Punjab Mental Hospital Lahore 1932-46 - 1932-1946
Year: 1932
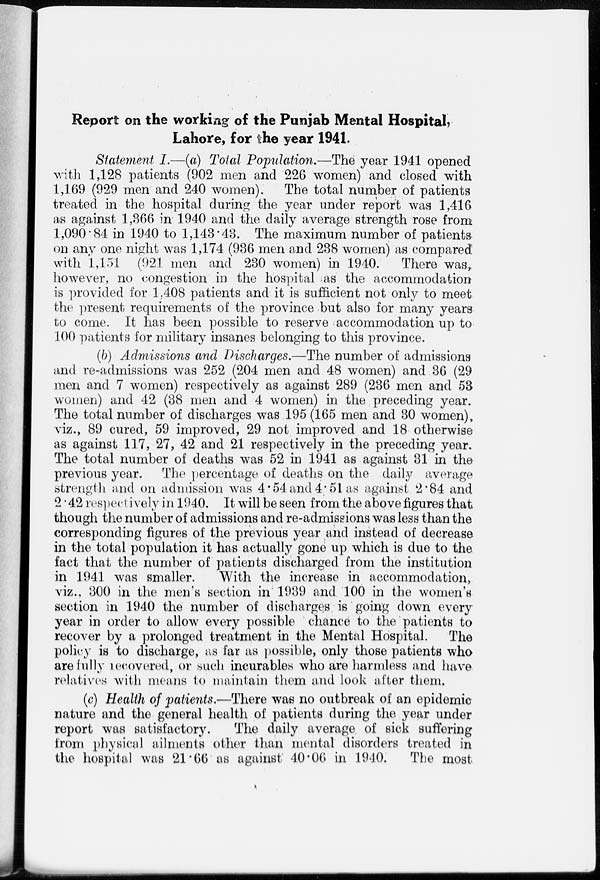
Report on the working of the Punjab Mental Hospital,
Lahore, for the year 1941.
Statement I.—(a) Total Population.—The year 1941 opened
with 1,128 patients (902 men and 226 women) and closed with
1,169 (929 men and 240 women). The total number of patients
treated in the hospital during the year under report was 1,416
as against 1,366 in 1940 and the daily average strength rose from
1,090.84 in 1940 to 1,143.43. The maximum number of patients
on any one night was 1,174 (936 men and 238 women) as compared
with l,151 (921 men and 230 women) in 1940.
There was,
however, no congestion in the hospital as the accommodation
is provided for 1,408 patients and it is sufficient not only to meet
the present requirements of the province but also for many years
to come. It has been possible to reserve accommodation up to
100 patients for military insanes belonging to this province.
(b) Admissions and Discharges.—The number of admissions
and re-admissions was 252 (204 men and 48 women) and 36 (29
men and 7 women) respectively as against 289 (236 men and 53
women) and 42 (38 men and 4 women) in the preceding year.
The total number of discharges was 195 (165 men and 30 women),
viz., 89 cured, 59 improved, 29 not improved and 18 otherwise
as against 117, 27, 42 and 21 respectively in the preceding year.
The total number of deaths was 52 in 1941 as against 31 in the
previous year. The percentage of deaths on the daily average
strength and on admission was 4.54 and 4.51 as against 2.84 and
2.42 respectively in 1940. It will be seen from the above figures that
though the number of admissions and re-admissions was less than the
corresponding figures of the previous year and instead of decrease
in the total population it has actually gone up which is due to the
fact that the number of patients discharged from the institution
in 1941 was smaller.
With the increase in accommodation,
viz., 300 in the men's section in 1939 and 100 in the women's
section in 1940 the number of discharges is going down every
year in order to allow every possible chance to the patients to
recover by a prolonged treatment in the Mental Hospital.
The
policy is to discharge, as far as possible, only those patients who
are fully recovered, or such incurables who are harmless and have
relatives with means to maintain them and look after them.
(c) Health of patients.—There was no outbreak of an epidemic
nature and the general health of patients during the year under
report was satisfactory.
The daily average of sick suffering
from physical ailments other than mental disorders treated in
the hospital was 21.66 as against 40.06 in 1940.
The most